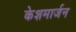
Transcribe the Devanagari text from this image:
केशमार्जन